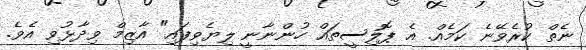
ނެތް ކުރެވޭނެ ކަމެއް. އެ ޕޮލިސީތައް ހުންނާނީ ލިޔެވިފައި" އާޒިމް ވިދާޅުވި އެވެ.